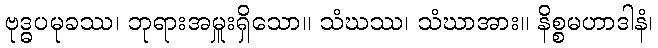
ဗုဒ္ဓပမုခဿ၊ ဘုရားအမှူးရှိသော။ သံဃဿ၊ သံဃာအား။ နိစ္စမဟာဒါနံ၊